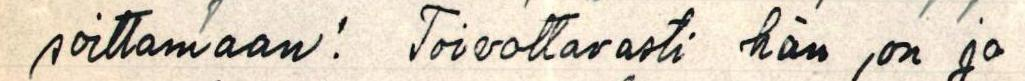
soittamaan! Toivottavasti hän on jo